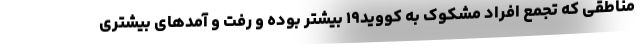
مناطقی که تجمع افراد مشکوک به کووید۱۹ بیشتر بوده و رفت و آمدهای بیشتری